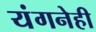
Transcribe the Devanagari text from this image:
यंगनेही